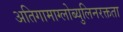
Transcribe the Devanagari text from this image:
अतिगामाग्लोब्युलिनरक्तता